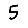
Digit: 5